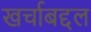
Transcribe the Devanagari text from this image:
खर्चाबद्दल